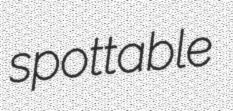
spottable